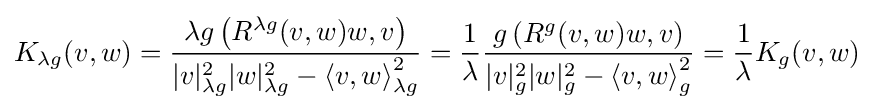
K_{\lambda g}(v,w)={\frac {\lambda g\left(R^{\lambda g}(v,w)w,v\right)}{|v|_{\lambda g}^{2}|w|_{\lambda g}^{2}-\langle v,w\rangle {\vphantom {|}}_{\lambda g}^{2}}}={\frac {1}{\lambda }}{\frac {g\left(R^{g}(v,w)w,v\right)}{|v|_{g}^{2}|w|_{g}^{2}-\langle v,w\rangle {\vphantom {|}}_{g}^{2}}}={\frac {1}{\lambda }}K_{g}(v,w)